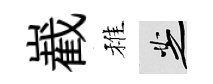
嶻稚芝